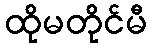
ထိုမတိုင်မီ